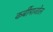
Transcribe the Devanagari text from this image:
कर्बीमाजोल